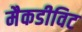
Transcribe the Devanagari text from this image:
मैकडीविट